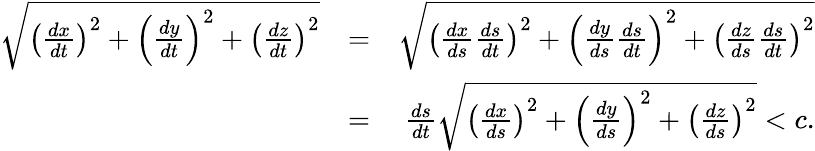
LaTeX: \begin{array}{rlr}{\sqrt{\left(\frac{dx}{dt}\right)^{2}+\left(\frac{dy}{dt}\right)^{2}+\left(\frac{dz}{dt}\right)^{2}}}&{=}&{\sqrt{\left(\frac{dx}{ds}\frac{ds}{dt}\right)^{2}+\left(\frac{dy}{ds}\frac{ds}{dt}\right)^{2}+\left(\frac{dz}{ds}\frac{ds}{dt}\right)^{2}}}\\ &{=}&{\frac{ds}{dt}\sqrt{\left(\frac{dx}{ds}\right)^{2}+\left(\frac{dy}{ds}\right)^{2}+\left(\frac{dz}{ds}\right)^{2}}<c.}\end{array}